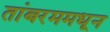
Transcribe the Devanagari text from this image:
तांबरममधून